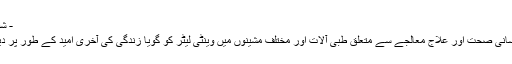
- شفقنا اردو نیوز
شفقنا اردو: انسانی صحت اور علاج معالجے سے متعلق طبی آلات اور مختلف مشینوں میں وینٹی لیٹر کو گویا زندگی کی آخری امید کے طور پر دیکھا جاتا ہے۔